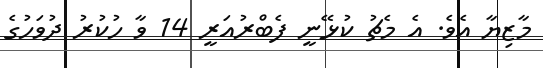
މާޒިޔާ އެވެ. އެ މެޗު ކުޅޭނީ ފެބްރުއަރީ 14 ވާ ހުކުރު ދުވަހުގެ